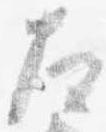
左